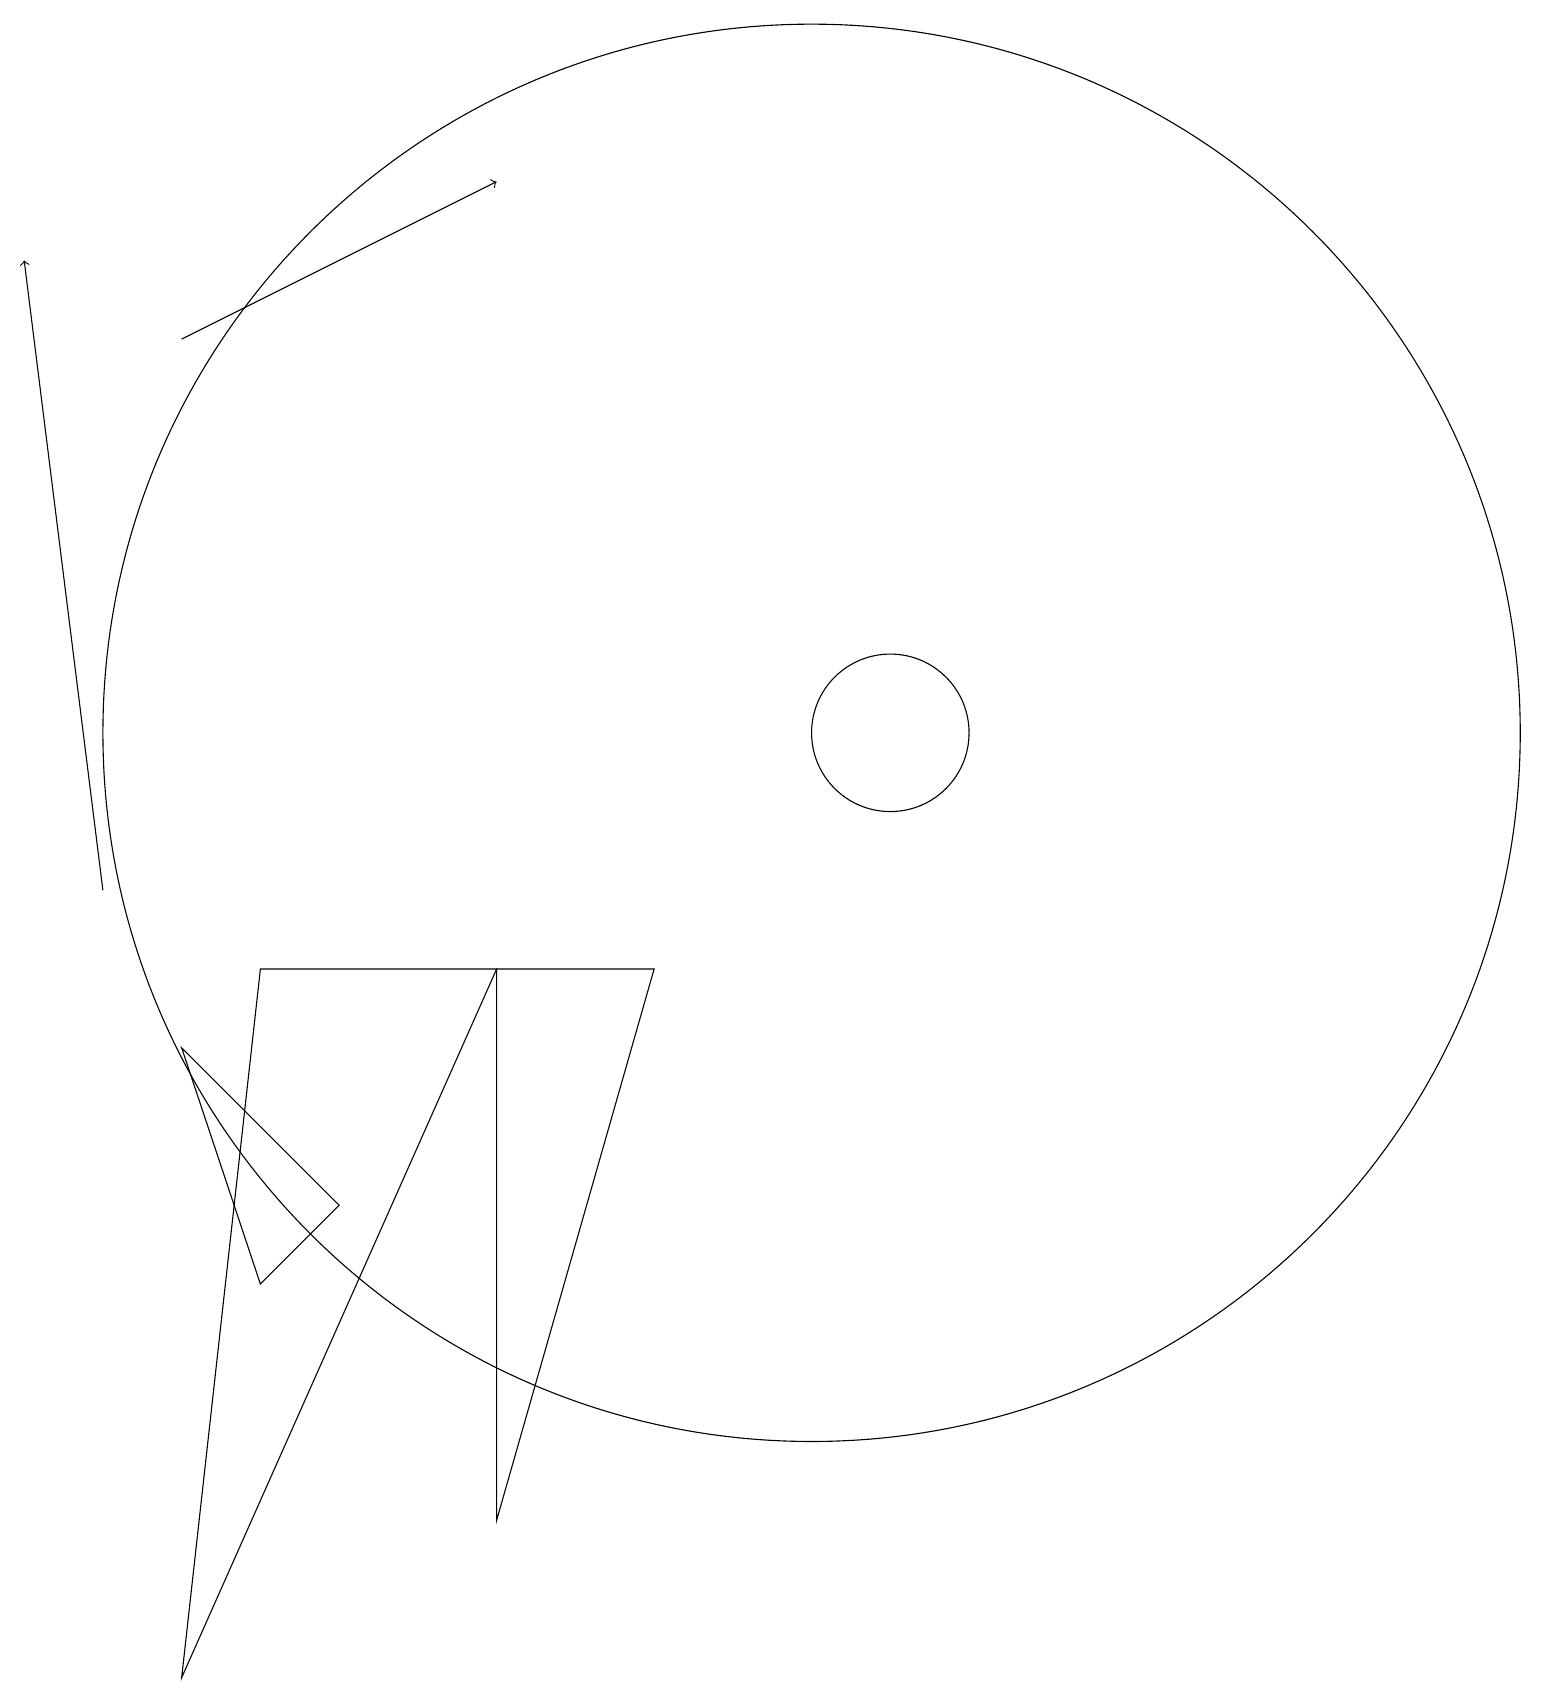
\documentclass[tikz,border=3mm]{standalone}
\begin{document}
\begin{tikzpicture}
\draw (10,12) circle (9);
\draw[->] (2,17) -- (6,19);
\draw (3,5) -- (2,8) -- (4,6) -- cycle;
\draw (3,9) -- (2,0) -- (6,9) -- cycle;
\draw[->] (1,10) -- (0,18);
\draw (11,12) circle (1);
\draw (6,2) -- (6,9) -- (8,9) -- cycle;
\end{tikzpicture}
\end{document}